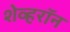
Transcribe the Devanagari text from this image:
शेव्हरॉन